Investigations on Bengal jail dietaries - Number 37
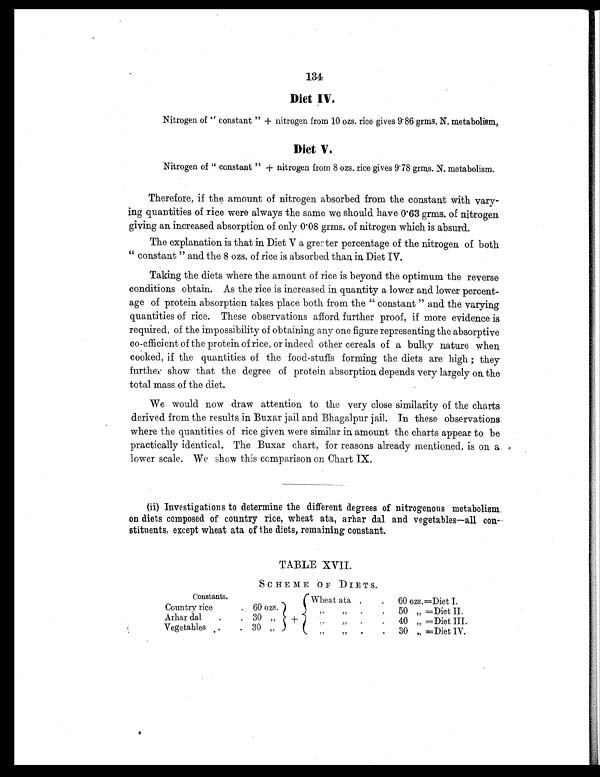
134
Diet IV.
Nitrogen of "constant" + nitrogen from 10 ozs. rice gives 9.86 grms. N. metabolism,
Diet V.
Nitrogen of "constant" + nitrogen from 8 ozs. rice gives 9.78 grms. N. metabolism.
Therefore, if the amount of nitrogen absorbed from the constant with vary-
ing quantities of rice were always the same we should have 0.63 grms. of nitrogen
giving an increased absorption of only 0.08 grms. of nitrogen which is absurd.
The explanation is that in Diet V a greater percentage of the nitrogen of both
"constant" and the 8 ozs. of rice is absorbed than in Diet IV.
Taking the diets where the amount of rice is beyond the optimum the reverse
conditions obtain. As the rice is increased in quantity a lower and lower percent-
age of protein absorption takes place both from the "constant" and the varying
quantities of rice. These observations afford further proof, if more evidence is
required, of the impossibility of obtaining any one figure representing the absorptive
co-efficient of the protein of rice, or indeed other cereals of a bulky nature when
cooked, if the quantities of the food-stuffs forming the diets are high; they
further show that the degree of protein absorption depends very largely on the-
total mass of the diet.
We would now draw attention to the very close similarity of the charts
derived from the results in Buxar jail and Bhagalpur jail. In these observations
where the quantities of rice given were similar in amount the charts appear to be
practically identical. The Buxar chart, for reasons already mentioned, is on a
lower scale. We show this comparison on Chart IX.
(ii) Investigations to determine the different degrees of nitrogenous metabolism
on diets composed of country rice, wheat ata, arhar dal and vegetables—all con-
stituents, except wheat ata of the diets, remaining constant.
TABLE XVII.
SCHEME OF DIETS.
Constants.
Wheat ata .
. 60 ozs.=Diet I.
Country rice
60 ozs.
"
" .
.
50 " =Diet II.
Arhar dal
.
. 30 "
" "
.
. 40 " =Diet III.
Vegetables ..
. 30
"
"
"
.
. 30 " =Diet IV.